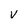
Character: V